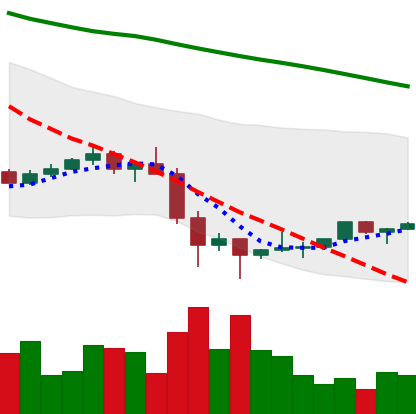
Ticker: TRX-USD
Chart end date: 2022-02-01
Forward return: 10.589%
Label: up_7plus